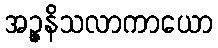
အဉ္ဇနိသလာကာယော